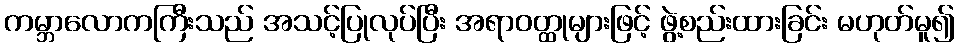
ကမ္ဘာလောကကြီးသည် အသင့်ပြုလုပ်ပြီး အရာဝတ္ထုများဖြင့် ဖွဲ့စည်းထားခြင်း မဟုတ်မူ၍